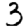
Digit: 3